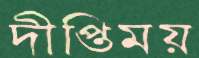
দীপ্তিময়